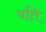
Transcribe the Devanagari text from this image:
वति